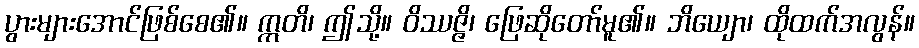
ပွားများအောင်ဖြစ်စေ၏။ ဣတိ၊ ဤသို့။ ဝိဿဇ္ဇိ၊ ဖြေဆိုတော်မူ၏။ ဘိယျော၊ ထိုထက်အလွန်။